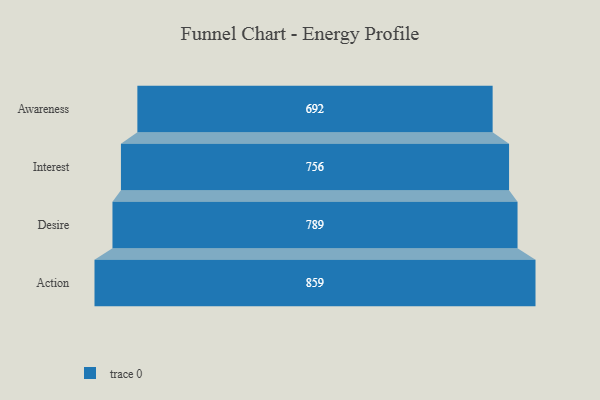
{"axis": {"x": "Stage", "y": "Value"}, "legend": [""], "data": [{"x": "Awareness", "y": 692.0, "type": ""}, {"x": "Interest", "y": 756.0, "type": ""}, {"x": "Desire", "y": 789.0, "type": ""}, {"x": "Action", "y": 859.0, "type": ""}]}